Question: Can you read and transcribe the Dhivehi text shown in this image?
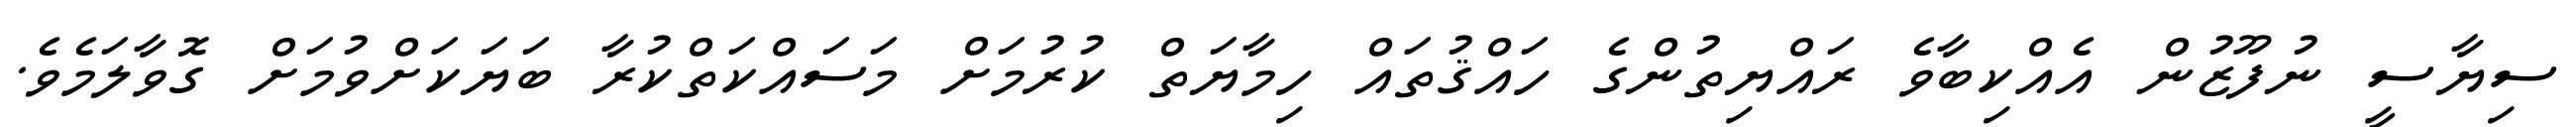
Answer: ސިޔާސީ ނުފޫޒުން އެއްކިބާވެ ރައްޔިތުންގެ ހައްޤުތައް ހިމާޔަތް ކުރުމަށް މަސައްކަތްކުރާ ބަޔަކަށްވުމަށް ގޮވާލަމެވެ.